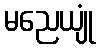
မညေယျုံ